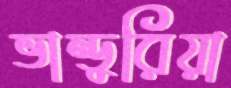
ভান্ডুরিয়া